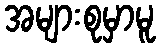
အများစုမှာမူ